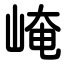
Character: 崦